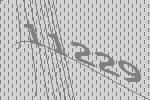
11229